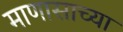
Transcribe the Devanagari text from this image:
माणासाच्या